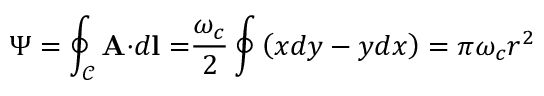
\Psi = \oint _ { \mathcal { C } } \mathbf { A \cdot } d \mathbf { l = } \frac { \omega _ { c } } { 2 } \oint \left( x d y - y d x \right) = \pi \omega _ { c } r ^ { 2 }